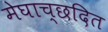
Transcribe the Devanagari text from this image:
मेघाच्छदित